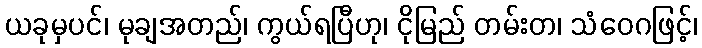
ယခုမှပင်၊ မုချအတည်၊ ကွယ်ရပြီဟု၊ ငိုမြည် တမ်းတ၊ သံဝေဂဖြင့်၊